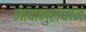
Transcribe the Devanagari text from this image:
नादानुसंधान